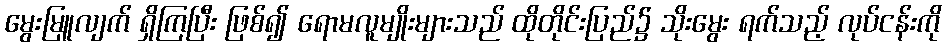
မွေးမြူလျက် ရှိကြပြီး ဖြစ်၍ ရောမလူမျိုးများသည် ထိုတိုင်းပြည်၌ သိုးမွေး ရက်သည့် လုပ်ငန်းကို